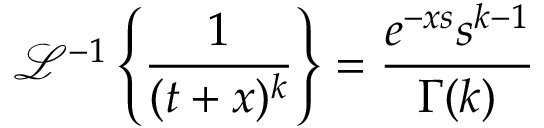
\mathcal { L } ^ { - 1 } \left\{ \frac { 1 } { ( t + x ) ^ { k } } \right\} = \frac { e ^ { - x s } s ^ { k - 1 } } { \Gamma ( k ) }